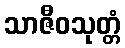
သာဇီဝသုတ္တံ